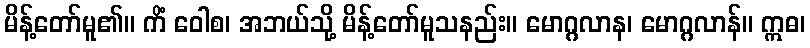
မိန့်တော်မူ၏။ ကိံ ဝေါစ၊ အဘယ်သို့ မိန့်တော်မူသနည်း။ မောဂ္ဂလာန၊ မောဂ္ဂလာန်။ ဣဓ၊